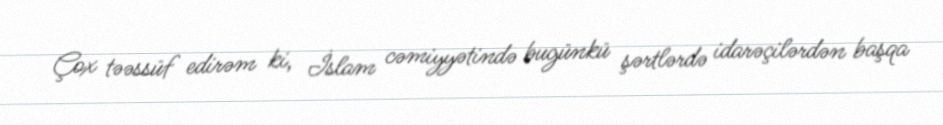
Çox təəssüf edirəm ki, İslam cəmiyyətində bugünkü şərtlərdə idarəçilərdən başqa